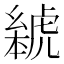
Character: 𬟰